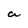
Character: a